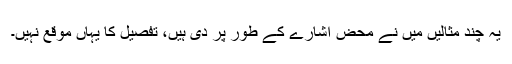
یہ چند مثالیں میں نے محض اشارے کے طور پر دی ہیں، تفصیل کا یہاں موقع نہیں۔